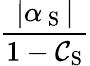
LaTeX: \frac{|\alpha_{\mathrm{~S~}}|}{1-\mathcal{C}_{\mathrm{S}}}